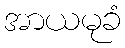
အာယမုခံ